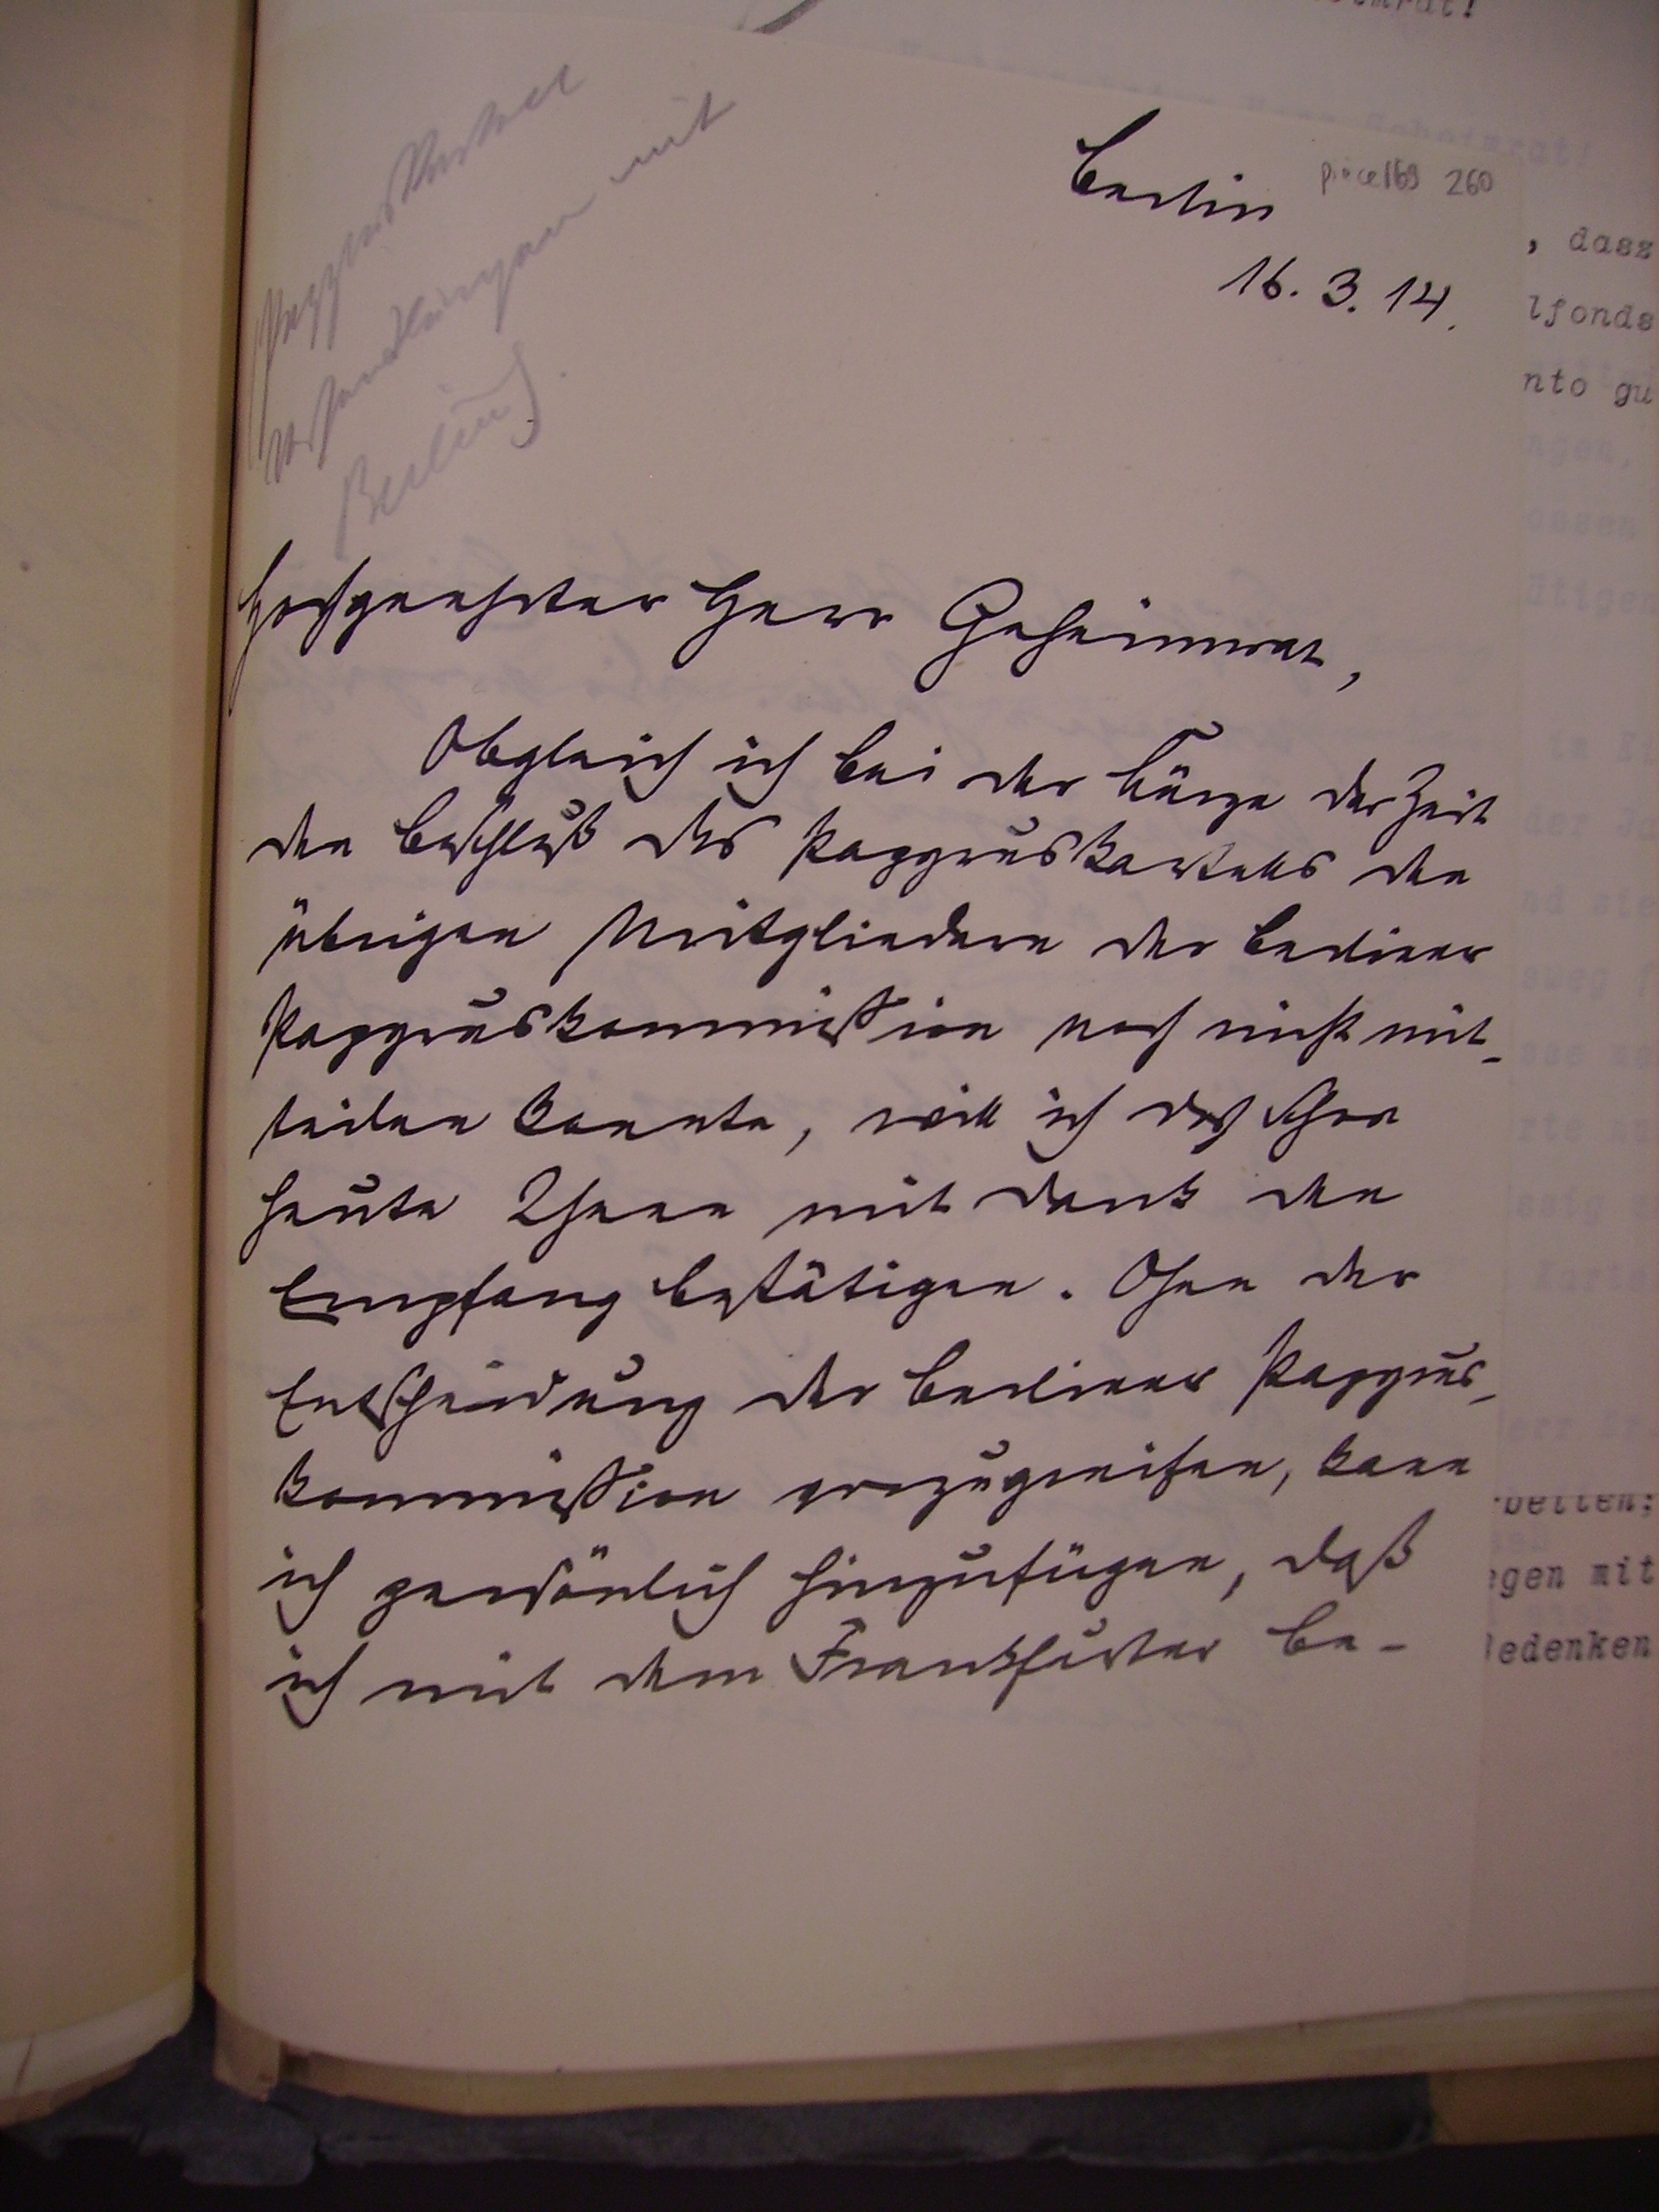
Berlin
16.3.14

Hochgeehrter Herr Geheimrat,
Obgleich ich bei der Kürze der Zeit
den Beschluß des Papyruskartells den
übrigen Mitgliedern der berliner
Papyruskommißion noch nicht mit¬
teilen konnte, will doch schon
heute Ihnen mit Dank den
Empfang bestätigen. Ohne der
Entscheidung der berlinder Papyrus¬
kommißion vorzugreifen, kann
ich persönlich hinzufügen, daß
ich mit dem Frankfurter be-